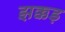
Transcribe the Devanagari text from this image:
झक्कड़